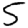
Digit: 5